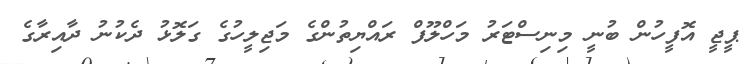
ޕީޖީ އޮފީހުން ބުނީ މިނިސްޓަރު މަހްލޫފް ރައްޔިތުންގެ މަޖިލީހުގެ ގަލޮޅު ދެކުނު ދާއިރާގެ